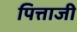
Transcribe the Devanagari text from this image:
पित्ताजी